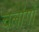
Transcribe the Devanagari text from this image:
चलांगों